Note on the mental hospitals in Burma - 1925-1940
Year: 1925
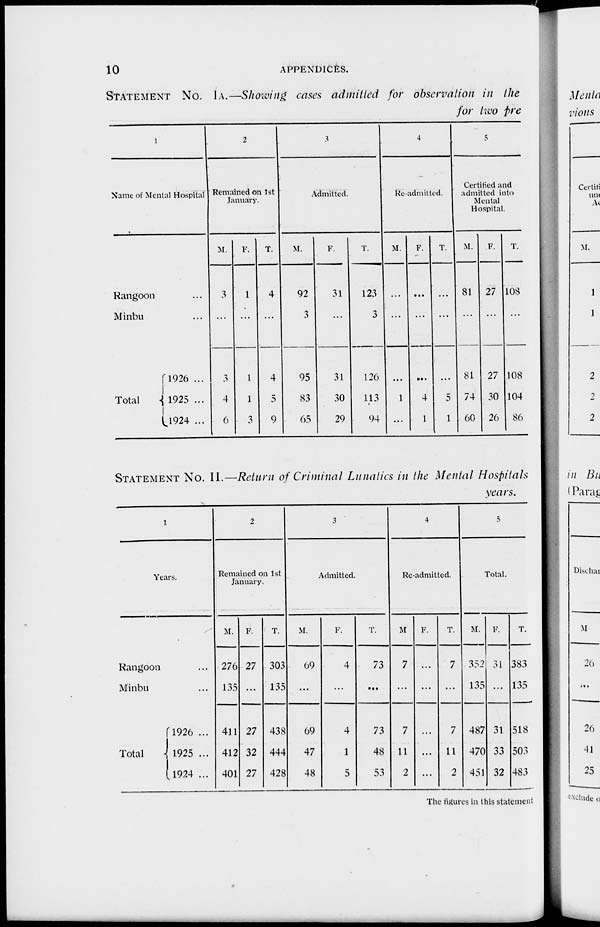
10
APPENDICES.
STATEMENT No. IA.—Showing cases admitted for observation in the
for two pre
1
Name of Mental Hospital
Rangoon ...
Minbu ...
Total
1926 ...
1925 ...
1924 ...
2
Remained on 1st
January.
M.
3
...
3
4
6
F.
1
...
1
1
3
T.
4
...
4
5
9
3
Admitted.
M.
92
3
95
83
65
F.
31
...
31
30
29
T.
123
3
126
113
94
4
Re-admitted.
M.
...
...
...
1
...
F.
...
...
...
4
1
T.
...
...
...
5
1
5
Certified and
admitted into
Mental
Hospital.
M.
81
...
81
74
60
F.
27
...
27
30
26
T.
108
...
108
104
86
STATEMENT No. II.—Return of Criminal Lunatics in the Mental Hospitals
years.
1
Years.
Rangoon ...
Minbu ...
Total
1926 ...
1925 ...
1924 ...
2
Remained on 1st
January.
M.
276
135
411
412
401
F.
27
...
27
32
27
T.
303
135
438
444
428
3
Admitted.
M.
69
...
69
47
48
F.
4
...
4
1
5
T.
73
...
73
48
53
4
Re-admitted.
M.
7
...
7
11
2
F.
...
...
...
...
...
T.
7
...
7
11
2
5
Total.
M.
352
135
487
470
451
F.
31
...
31
33
32
T.
383
135
518
503
483
The figures in this statement